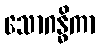
သောဂန္ဓိကာ